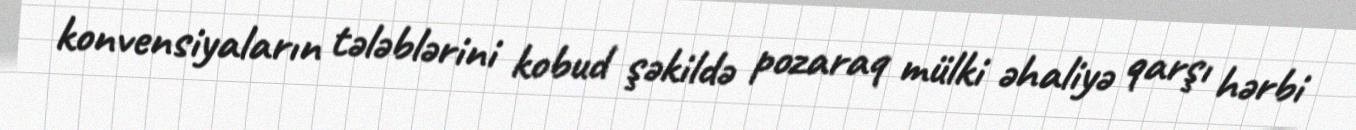
konvensiyaların tələblərini kobud şəkildə pozaraq mülki əhaliyə qarşı hərbi